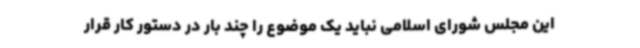
این مجلس شورای اسلامی نباید یک موضوع را چند بار در دستور کار قرار